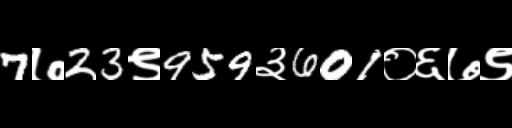
Text: 7७23९959३601०६७९